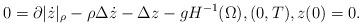
LaTeX: \begin{align*}0 = \partial|\dot z|_\rho - \rho \Delta \dot z - \Delta z -g H^{-1}(\Omega), (0,T), z(0) = 0.\end{align*}